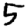
Digit: 5